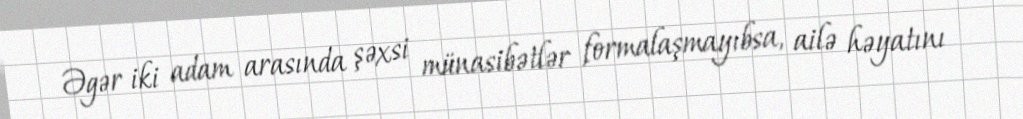
Əgər iki adam arasında şəxsi münasibətlər formalaşmayıbsa, ailə həyatını